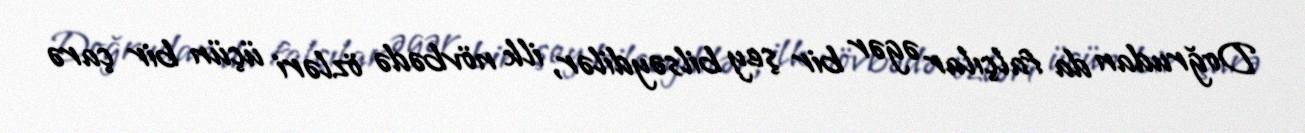
Doğrudan da falçılar əgər bir şey bilsəydilər, ilk növbədə özləri üçün bir çarə